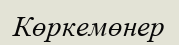
Көркемөнер